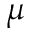
\mu